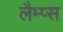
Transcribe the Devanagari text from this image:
लैम्प्स